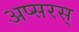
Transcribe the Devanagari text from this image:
अप्सरस्